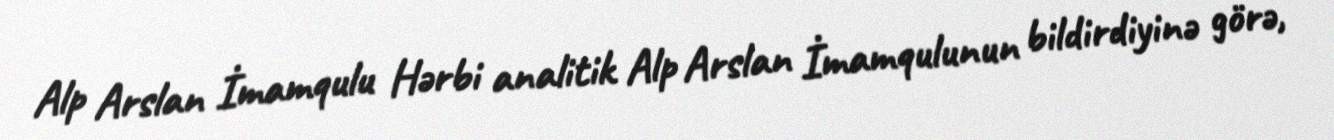
Alp Arslan İmamqulu Hərbi analitik Alp Arslan İmamqulunun bildirdiyinə görə,